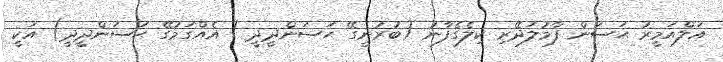
އަލްއަމީރު ޙަސަން ފާމުލަދޭރި ކިލެގެފާނު (ބުރުނީގޭ ޙަސަންދީދީ / އެއްގަމުގޭ ޙަސަންދީދީ) އަކީ